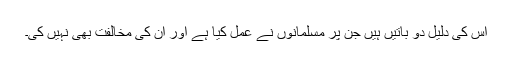
اس کی دلیل دو باتیں ہیں جن پر مسلمانوں نے عمل کیا ہے اور ان کی مخالفت بھی نہیں کی۔